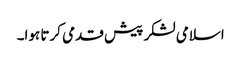
اسلامی لشکر پیش قدمی کرتا ہوا۔